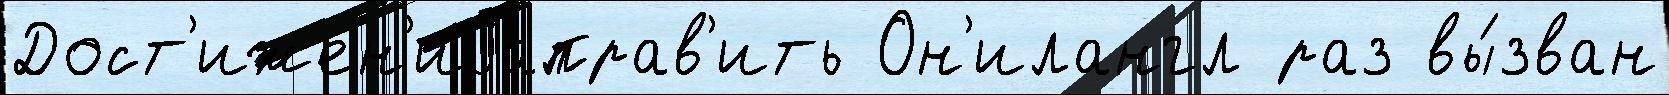
Дост'ижен'иjаправ'ить Он'илангл раз вы́зван